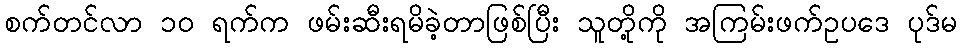
စက်တင်လာ ၁၀ ရက်က ဖမ်းဆီးရမိခဲ့တာဖြစ်ပြီး သူတို့ကို အကြမ်းဖက်ဥပဒေ ပုဒ်မ